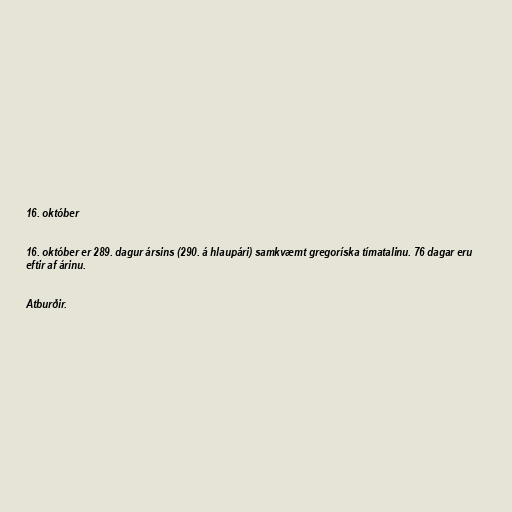
16. október

16. október er 289. dagur ársins (290. á hlaupári) samkvæmt gregoríska tímatalinu. 76 dagar eru
eftir af árinu.

Atburðir.